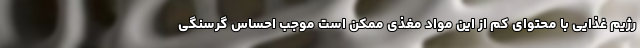
رژیم غذایی با محتوای کم از این مواد مغذی ممکن است موجب احساس گرسنگی